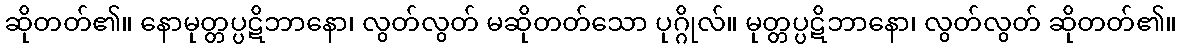
ဆိုတတ်၏။ နောမုတ္တပ္ပဋိဘာနော၊ လွတ်လွတ် မဆိုတတ်သော ပုဂ္ဂိုလ်။ မုတ္တပ္ပဋိဘာနော၊ လွတ်လွတ် ဆိုတတ်၏။